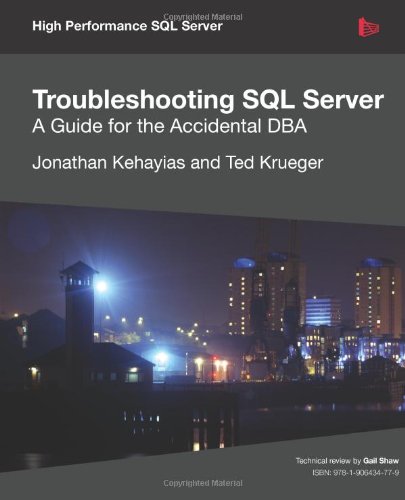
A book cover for Troubleshooting SQL Server - A Guide for the Accidental DBA; Jonathan Kehayias; Computers & Technology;